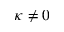
\kappa \neq 0